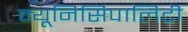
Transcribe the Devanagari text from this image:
म्यूनिसिपालिटी